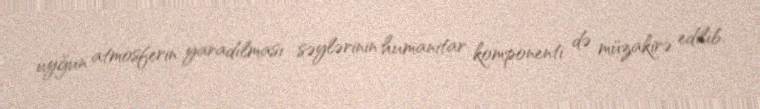
uyğun atmosferin yaradılması səylərinin humanitar komponenti də müzakirə edilib.